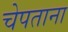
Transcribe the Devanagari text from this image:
चेपताना